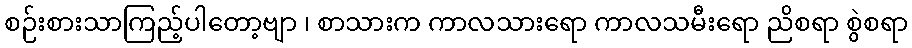
စဉ်းစားသာကြည့်ပါတော့ဗျာ ၊ စာသားက ကာလသားရော ကာလသမီးရော ညိစရာ စွဲစရာ